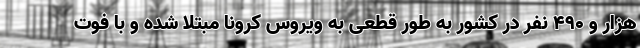
هزار و ۴۹۰ نفر در کشور به طور قطعی به ویروس کرونا مبتلا شده و با فوت